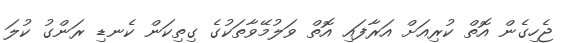
ޖެހިގެން އޮތް ކުރިއަށް އަރާފައި އޮތް ވަލުމޭވާތަކުގެ ގިތިކަން ކެނޑި ރަންގު ކުލަ